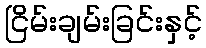
ငြိမ်းချမ်းခြင်းနှင့်